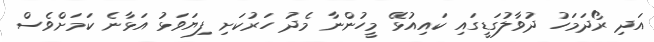
އަދި ރޯދަމަހު ދުވާލުގަޑީގައި ކައިއުޅޭ މީހުންނާ މެދު ހަރުކަށި ފިޔަވަޅު އަޅާނެ ކަމަށްވެސް